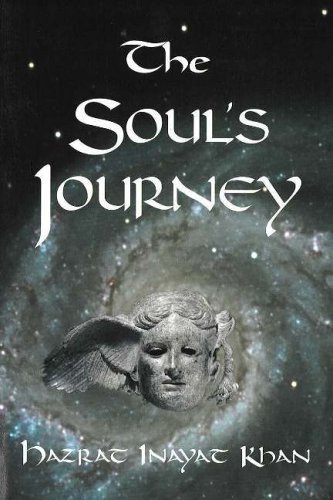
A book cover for The Soul's Journey; Hazrat Inayat Khan; Religion & Spirituality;